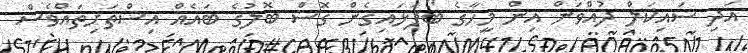
އަދި ސައިކަލް ދުއްވަން އިން މީހާގެ ބޯފަޅައިގެން ގޮސް ބޮލުގެ ބައެއް އިސްތަށިތައްވެސް